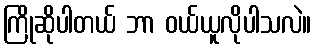
ကြိုဆိုပါတယ် ဘာ ဝယ်ယူလိုပါသလဲ။